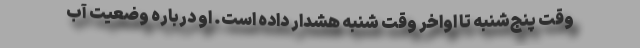
وقت پنج‌شنبه تا اواخر وقت شنبه هشدار داده است. او درباره وضعیت آب